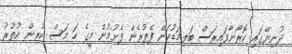
ދުނިޔޭގައި ކޮރޯނާވައިރަސް ބަލިމަޑުކަން ފެތުރެން ފެށުމުން މީގެ ހަ މަސް ކުރިން އުތުރު